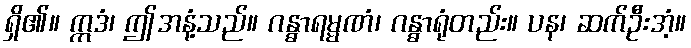
ရှိ၏။ ဣဒံ၊ ဤအနံ့သည်။ ဂန္ဓာရမ္မဏံ၊ ဂန္ဓာရုံတည်း။ ပန၊ ဆက်ဦးအံ့။